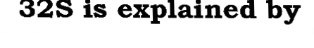
32S is explained by